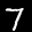
Label: 7